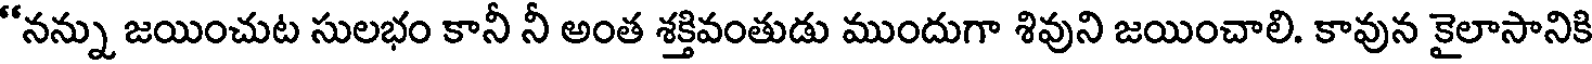
"నన్ను జయించుట సులభం కానీ నీ అంత శక్తివంతుడు ముందుగా శివుని జయించాలి. కావున కైలాసానికి